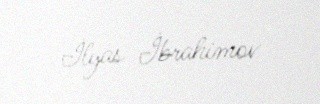
İlyas İbrahimov